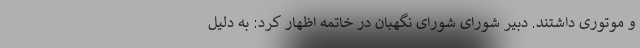
و موتوری داشتند. دبیر شورای شورای نگهبان در خاتمه اظهار کرد: به دلیل